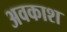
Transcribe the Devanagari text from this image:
अवकाश्‍ा